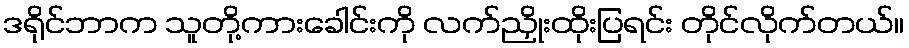
ဒရိုင်ဘာက သူတို့ကားခေါင်းကို လက်ညှိုးထိုးပြရင်း တိုင်လိုက်တယ်။